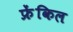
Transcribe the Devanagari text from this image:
फ्रेंकिल